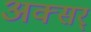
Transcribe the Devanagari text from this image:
अक्सर्